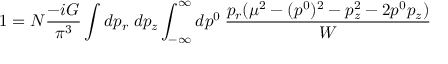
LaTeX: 1 = N \frac { - i G } { \pi ^ { 3 } } \int d p _ { r } \; d p _ { z } \int _ { - \infty } ^ { \infty } d p ^ { 0 } \: \frac { p _ { r } ( \mu ^ { 2 } - ( p ^ { 0 } ) ^ { 2 } - p _ { z } ^ { 2 } - 2 p ^ { 0 } p _ { z } ) } { W }